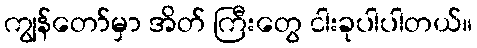
ကျွန်တော်မှာ အိတ် ကြီးတွေ ငါးခုပါပါတယ်။